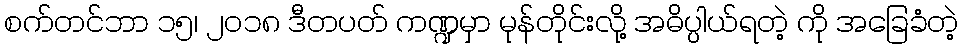
စက်တင်ဘာ ၁၅၊ ၂၀၁၈ ဒီတပတ် ကဏ္ဍမှာ မုန်တိုင်းလို့ အဓိပ္ပါယ်ရတဲ့ ကို အခြေခံတဲ့